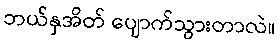
ဘယ်နှအိတ် ပျောက်သွားတာလဲ။